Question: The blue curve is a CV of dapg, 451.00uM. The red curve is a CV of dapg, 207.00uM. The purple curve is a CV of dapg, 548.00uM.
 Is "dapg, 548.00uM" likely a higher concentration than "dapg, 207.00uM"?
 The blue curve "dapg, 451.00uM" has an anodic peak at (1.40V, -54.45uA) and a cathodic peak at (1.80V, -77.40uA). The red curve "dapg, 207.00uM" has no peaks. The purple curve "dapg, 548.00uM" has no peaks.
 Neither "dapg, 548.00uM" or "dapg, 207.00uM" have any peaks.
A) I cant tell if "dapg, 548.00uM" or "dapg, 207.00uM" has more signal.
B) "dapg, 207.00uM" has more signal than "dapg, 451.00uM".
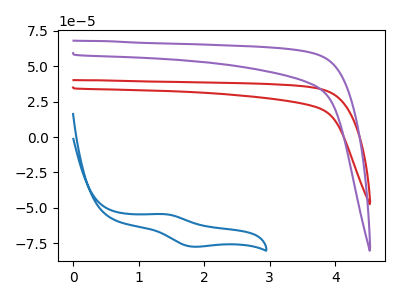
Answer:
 <answer>A) I cant tell if "dapg, 548.00uM" or "dapg, 207.00uM" has more signal.</answer>
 <eval>A</eval>